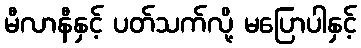
မီလာနီနှင့် ပတ်သက်လို့ မပြောပါနှင့်